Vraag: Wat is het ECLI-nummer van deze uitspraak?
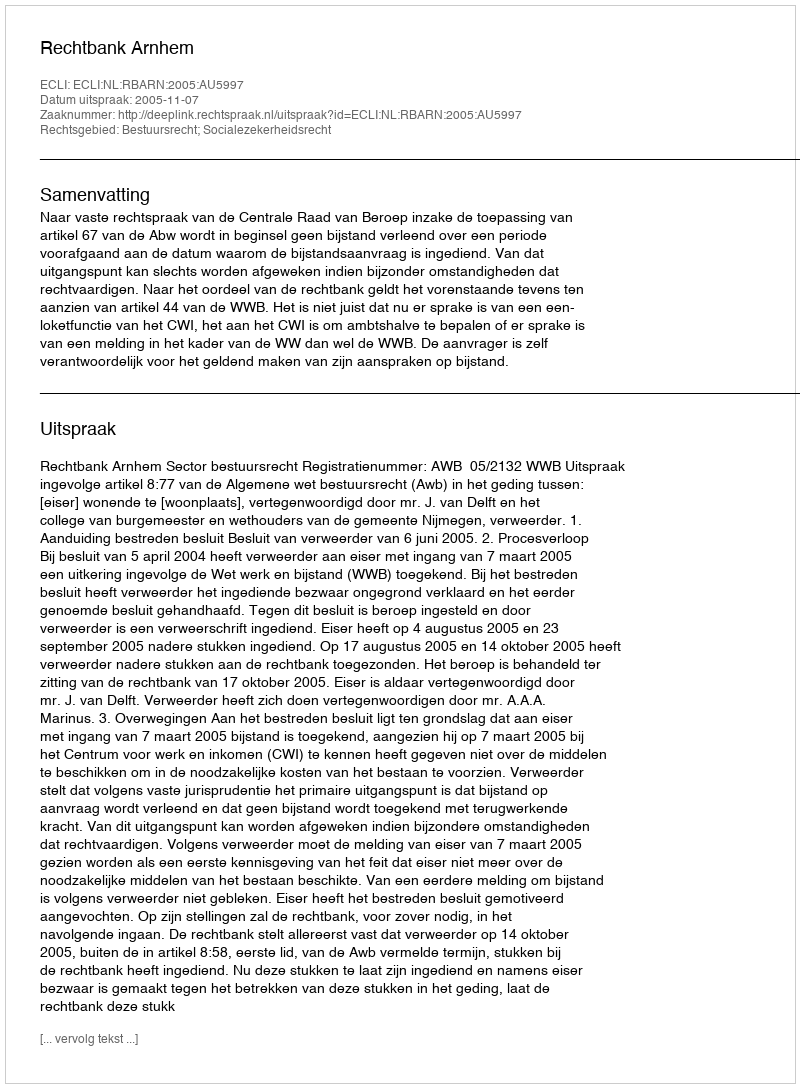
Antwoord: ECLI:NL:RBARN:2005:AU5997